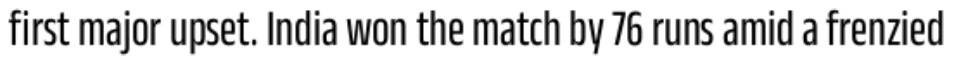
first major upset. India won the match by 76 runs amid a frenzied